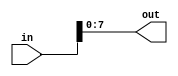
module TC_IndexerByte (in, out);
    parameter UUID = 0;
    parameter NAME = "";
    parameter INDEX = 0;
    input [63:0] in;
    output [7:0] out;
    
    assign out = in[INDEX*8+7:INDEX*8];
endmodule